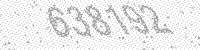
Solution: 638192